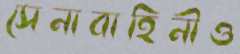
সেনাবাহিনীও